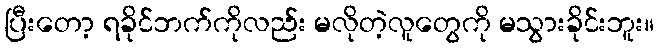
ပြီးတော့ ရခိုင်ဘက်ကိုလည်း မလိုတဲ့လူတွေကို မသွားခိုင်းဘူး။